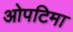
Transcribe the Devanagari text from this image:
ओपटिमा